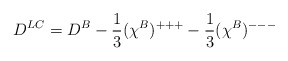
\begin{align*} D^{LC} {} = D^B - \frac{1}{3} (\chi^B)^{+++} - \frac{1}{3} (\chi^B)^{---}\end{align*}